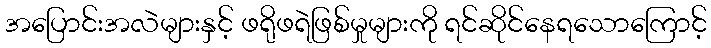
အပြောင်းအလဲများနှင့် ဖရိုဖရဲဖြစ်မှုများကို ရင်ဆိုင်နေရသောကြောင့်